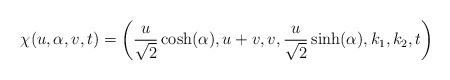
\begin{align*}\chi(u,\alpha, v, t)=\left(\frac{u}{\sqrt{2}}\cosh(\alpha), u + v, v, \frac{u}{\sqrt{2}}\sinh(\alpha), k_{1}, k_{2}, t \right) \end{align*}